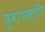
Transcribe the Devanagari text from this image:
युवाशक्‍ित